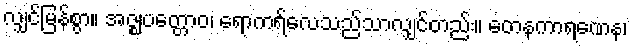
လျှင်မြန်စွာ။ အဇ္ဈပတ္တောဝ၊ ရောကရ်လေသည်သာလျှင်တည်း။ တေနကာရဏေန၊